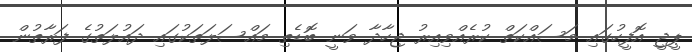
ޕީޖީ އޮފީހުގައި މަސައްކަތް ކުރެއްވިއިރު ޖިހާދާ ވަނީ ބޮޑެތި މައްސަލަތަކުގައި ދައުލަތުގެ ފަރާތުން